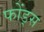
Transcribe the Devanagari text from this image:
फोंड्स